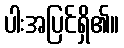
ပါးအပြင်ရှိ၏။